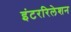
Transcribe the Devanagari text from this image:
इंटररिलेशन